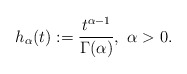
\begin{align*} h_\alpha(t):=\frac{t^{\alpha-1}}{\Gamma(\alpha)},\ \alpha >0.\end{align*}